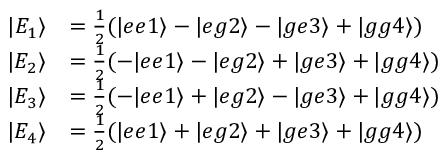
\begin{array} { r l } { | E _ { 1 } \rangle } & { = \frac { 1 } { 2 } ( | e e 1 \rangle - | e g 2 \rangle - | g e 3 \rangle + | g g 4 \rangle ) } \\ { | E _ { 2 } \rangle } & { = \frac { 1 } { 2 } ( - | e e 1 \rangle - | e g 2 \rangle + | g e 3 \rangle + | g g 4 \rangle ) } \\ { | E _ { 3 } \rangle } & { = \frac { 1 } { 2 } ( - | e e 1 \rangle + | e g 2 \rangle - | g e 3 \rangle + | g g 4 \rangle ) } \\ { | E _ { 4 } \rangle } & { = \frac { 1 } { 2 } ( | e e 1 \rangle + | e g 2 \rangle + | g e 3 \rangle + | g g 4 \rangle ) } \end{array}